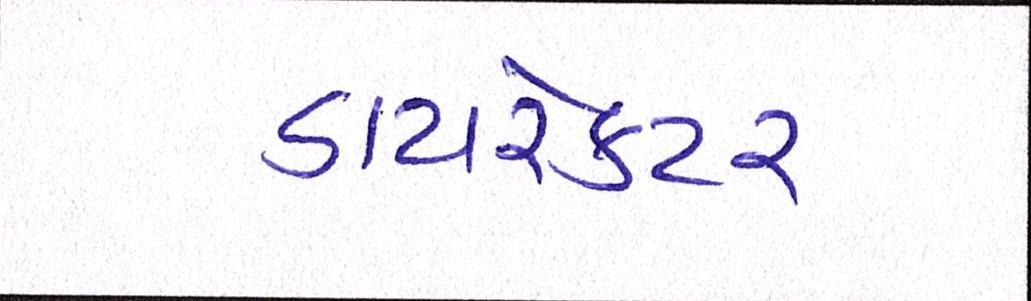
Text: ડાયરેકટર